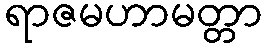
ရာဇမဟာမတ္တာ